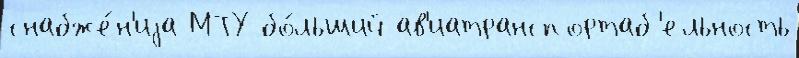
снабже́н'иjа МТУ бо́льший ав'иатранспортаб'ельность